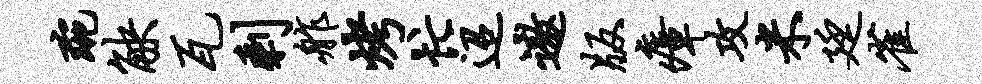
琬觖瓦剩舴烤忙迢遨版瘴攻米廷雀